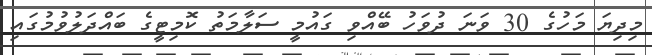
މިދިޔަ މަހުގެ 30 ވަނަ ދުވަހު ބޭއްވި ގައުމީ ސަލާމަތު ކޮމިޓީގެ ބައްދަލުވުމުގައި